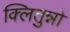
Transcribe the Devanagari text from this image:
क्लितुन्नो